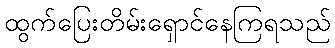
ထွက်ပြေးတိမ်းရှောင်နေကြရသည်